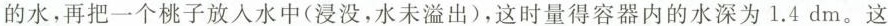
的水，再把一个桃子放入水中(浸没，水未溢出)，这时量得容器内的水深为1.4dm。这